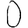
Digit: 0